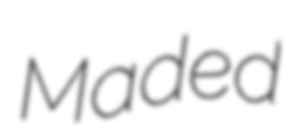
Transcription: Maded